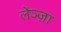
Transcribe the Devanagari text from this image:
लेंञ्ज़ा